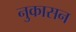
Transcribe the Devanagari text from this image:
नुकासन